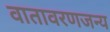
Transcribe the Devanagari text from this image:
वातावरणजन्य